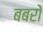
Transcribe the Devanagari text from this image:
बबरों